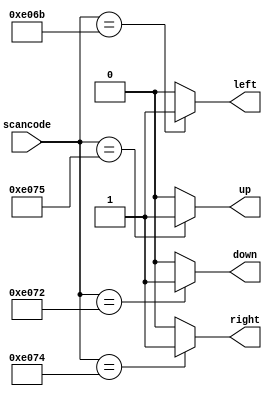
// synthesis verilog_input_version verilog_2001
module top_module (
    input [15:0] scancode,
    output reg left,
    output reg down,
    output reg right,
    output reg up  
    );
always @(*) begin
    up = 1'b0;
    down = 1'b0;
    left = 1'b0;
    right = 1'b0;
    casez (scancode)
        16'hE06B: left = 1'b1;
        16'hE072: down = 1'b1;
        16'hE074: right = 1'b1;
        16'hE075: up = 1'b1;
    endcase
end

endmodule